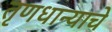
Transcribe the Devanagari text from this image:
तृणधान्याचे